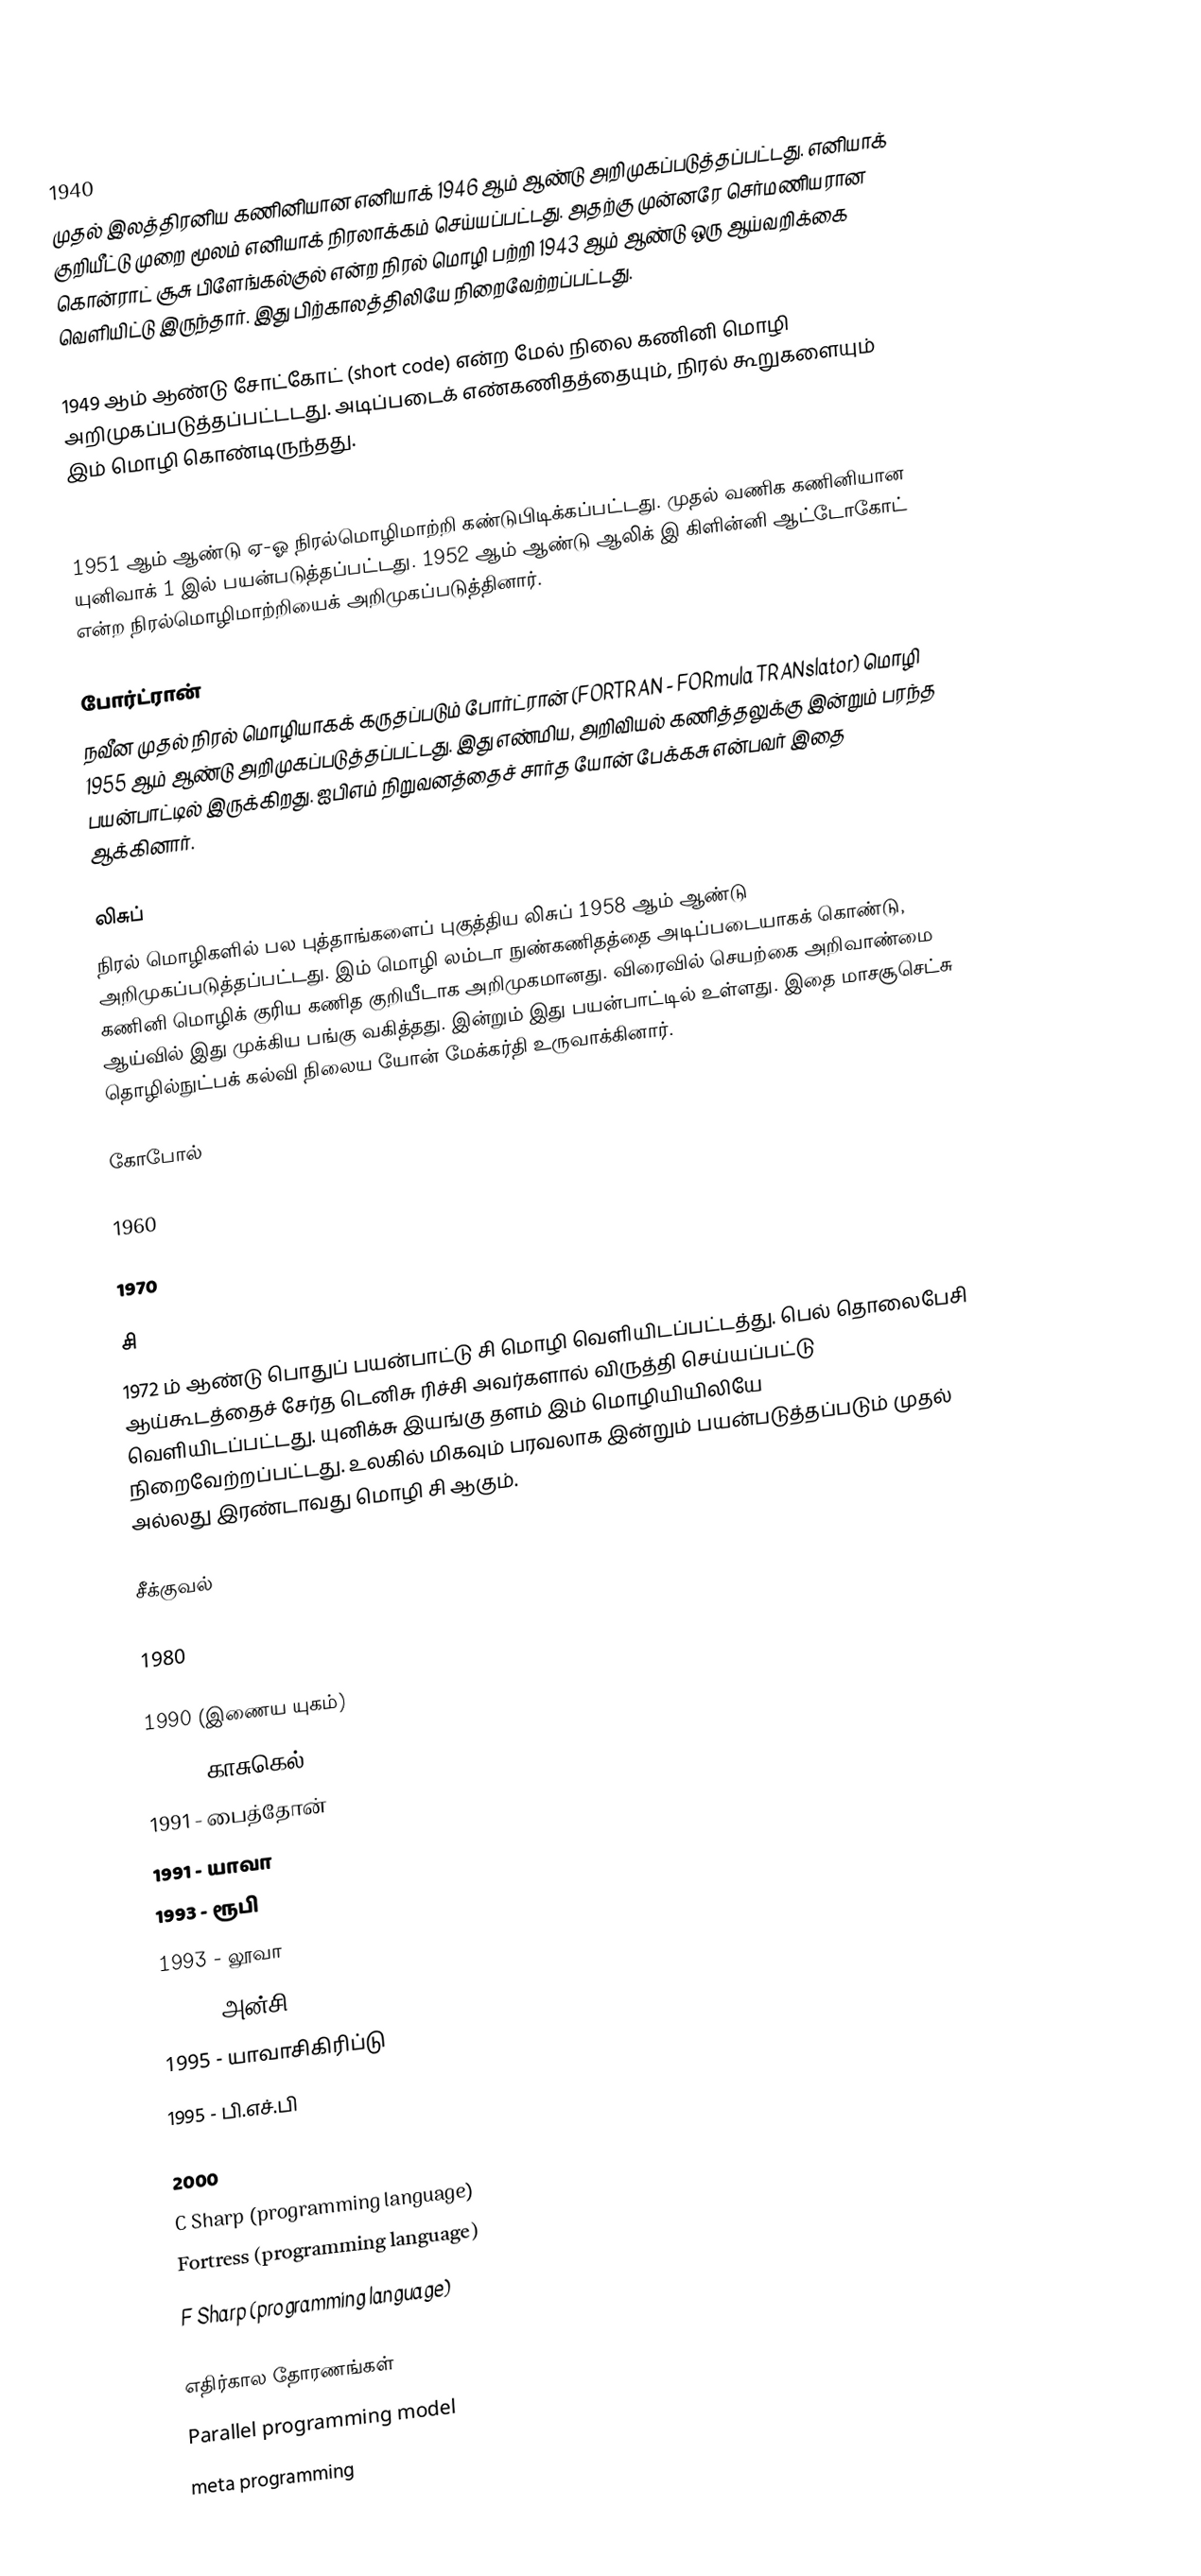

1940
முதல் இலத்திரனிய கணினியான எனியாக் 1946 ஆம் ஆண்டு அறிமுகப்படுத்தப்பட்டது.  எனியாக் குறியீட்டு முறை மூலம் எனியாக் நிரலாக்கம் செய்யப்பட்டது.  அதற்கு முன்னரே செர்மணியரான கொன்ராட் சூசு பிளேங்கல்குல் என்ற நிரல் மொழி பற்றி 1943 ஆம் ஆண்டு ஒரு ஆய்வறிக்கை வெளியிட்டு இருந்தார்.  இது பிற்காலத்திலியே நிறைவேற்றப்பட்டது.

1949 ஆம் ஆண்டு சோட்கோட் (short code) என்ற மேல் நிலை கணினி மொழி அறிமுகப்படுத்தப்பட்டடது.  அடிப்படைக் எண்கணிதத்தையும், நிரல் கூறுகளையும் இம் மொழி கொண்டிருந்தது.

1950
1951 ஆம் ஆண்டு ஏ-ஓ நிரல்மொழிமாற்றி கண்டுபிடிக்கப்பட்டது.  முதல் வணிக கணினியான யுனிவாக் 1 இல் பயன்படுத்தப்பட்டது.  1952 ஆம் ஆண்டு ஆலிக் இ கிளின்னி ஆட்டோகோட் என்ற நிரல்மொழிமாற்றியைக் அறிமுகப்படுத்தினார்.

போர்ட்ரான்
நவீன முதல் நிரல் மொழியாகக் கருதப்படும் போர்ட்ரான் (FORTRAN - FORmula TRANslator) மொழி 1955 ஆம் ஆண்டு அறிமுகப்படுத்தப்பட்டது.  இது எண்மிய, அறிவியல் கணித்தலுக்கு இன்றும் பரந்த பயன்பாட்டில் இருக்கிறது.  ஐபிஎம் நிறுவனத்தைச் சார்த யோன் பேக்கசு என்பவர் இதை ஆக்கினார்.

லிசுப்
நிரல் மொழிகளில் பல புத்தாங்களைப் புகுத்திய லிசுப் 1958 ஆம் ஆண்டு அறிமுகப்படுத்தப்பட்டது.  இம் மொழி லம்டா நுண்கணிதத்தை அடிப்படையாகக் கொண்டு, கணினி மொழிக் குரிய கணித குறியீடாக அறிமுகமானது.  விரைவில் செயற்கை அறிவாண்மை ஆய்வில் இது முக்கிய பங்கு வகித்தது.  இன்றும் இது பயன்பாட்டில் உள்ளது.  இதை மாசசூசெட்சு தொழில்நுட்பக் கல்வி நிலைய யோன் மேக்கர்தி உருவாக்கினார்.

கோபோல்

1960

1970

சி
1972 ம் ஆண்டு பொதுப் பயன்பாட்டு சி மொழி வெளியிடப்பட்டத்து.  பெல் தொலைபேசி ஆய்கூடத்தைச் சேர்த டெனிசு ரிச்சி அவர்களால் விருத்தி செய்யப்பட்டு வெளியிடப்பட்டது.  யுனிக்சு இயங்கு தளம் இம் மொழியியிலியே நிறைவேற்றப்பட்டது.  உலகில் மிகவும் பரவலாக இன்றும் பயன்படுத்தப்படும் முதல் அல்லது இரண்டாவது மொழி சி ஆகும்.

சீக்குவல்

1980

1990 (இணைய யுகம்)
 1990 - காசுகெல்
 1991 - பைத்தோன்
 1991 - யாவா
 1993 - ரூபி
 1993 - லூவா
 1994 - அன்சி Common Lisp
 1995 - யாவாசிகிரிப்டு
 1995 - பி.எச்.பி

2000
 C Sharp (programming language)
 Fortress (programming language)
 F Sharp (programming language)

எதிர்கால தோரணங்கள்
 Parallel programming model
 meta programming